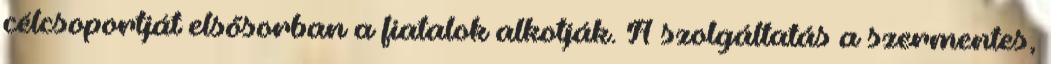
célcsoportját elsősorban a fiatalok alkotják. A szolgáltatás a szermentes,